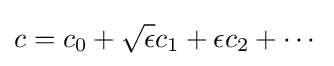
c=c_{0}+{\sqrt {\epsilon }}c_{1}+\epsilon c_{2}+\cdots